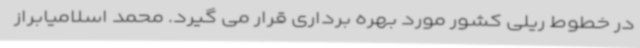
در خطوط ریلی کشور مورد بهره برداری قرار می گیرد. محمد اسلامیابراز